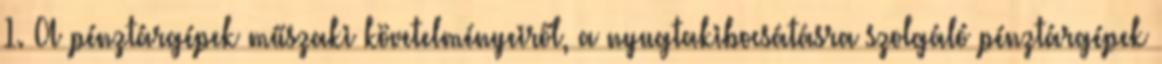
1. A pénztárgépek műszaki követelményeiről, a nyugtakibocsátásra szolgáló pénztárgépek